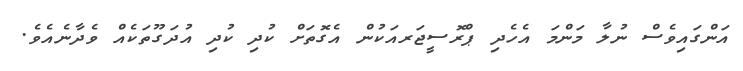
އަންގައިވެސް ނުލާ މަންމަ އެހެދި ޕްރޮސީޖަރއަކުން އެގޮތަށް ކުދި ކުދި އުދަގޫތަކެއް ވެދާނެއެވެ.